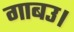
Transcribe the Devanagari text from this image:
गाबउ।